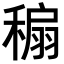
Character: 𥡇